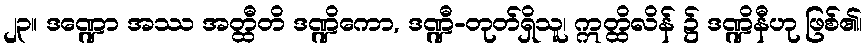
၂၃။ ဒဏ္ဍော အဿ အတ္ထီတိ ဒဏ္ဍိကော, ဒဏ္ဍီ-တုတ်ရှိသူ၊ ဣတ္ထိလိန် ၌ ဒဏ္ဍိနီဟု ဖြစ်၏၊